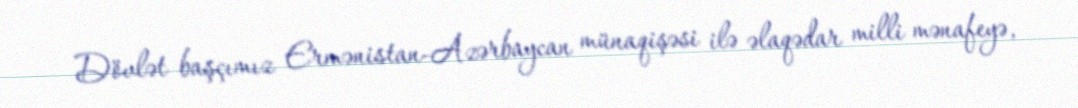
Dövlət başçımız Ermənistan-Azərbaycan münaqişəsi ilə əlaqədar milli mənafeyə,